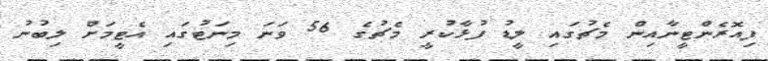
ފިއޮރެންޓީނާއިން މެޗުގައި ލީޑު ފުޅާކުރީ މެޗުގެ 56 ވަނަ މިނަޓުގައި އެޓީމަށް ލިބުނު